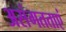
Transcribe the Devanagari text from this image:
असंगतताएं